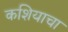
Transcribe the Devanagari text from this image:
कशियाचा